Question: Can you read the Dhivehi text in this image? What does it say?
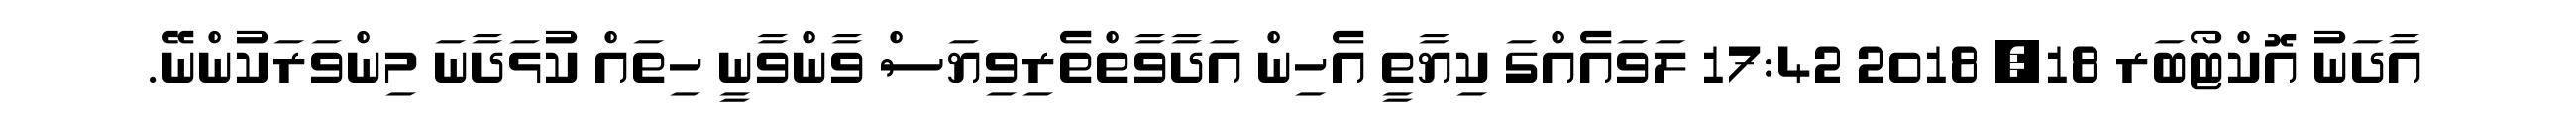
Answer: އާދަނު އޮކްޓޯބަރ 18, 2018 17:42 ލަވައެއްގަ ކިޔާތީ އެހިން އަދާވާތްތެރިވިޔަސް ވާންވާނީ ހިތައް ކުޅަދާނަ މިންވަރަކުންނޭ.